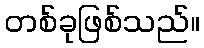
တစ်ခုဖြစ်သည်။